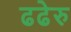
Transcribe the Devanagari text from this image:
ढढेरु